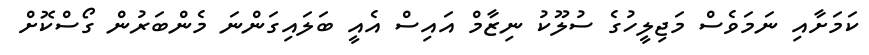
ކަމަށާއި ނަމަވެސް މަޖިލީހުގެ ސުލޫކު ނިޒާމް އައިސް އެއީ ބަލައިގަންނަ މެންބަރުން ގޯސްކޮށް